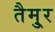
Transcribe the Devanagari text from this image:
तैमु्र